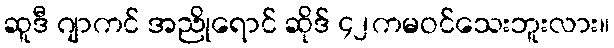
ဆူဒီ ဂျာကင် အညိုရောင် ဆိုဒ် ၄၂ကမဝင်သေးဘူးလား။